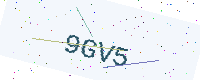
Text: 9GV5